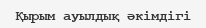
Қырым ауылдық әкімдігі